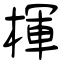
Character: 楎